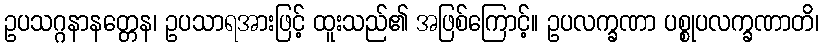
ဥပသဂ္ဂနာနတ္တေန၊ ဥပသာရအားဖြင့် ထူးသည်၏ အဖြစ်ကြောင့်။ ဥပလက္ခဏာ ပစ္စုပလက္ခဏာတိ၊